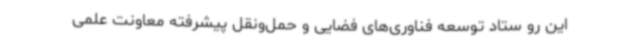
این رو ستاد توسعه فناوری‌های فضایی و حمل‌ونقل پیشرفته معاونت علمی